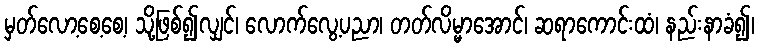
မှတ်လော့စေ့စေ့၊ သို့ဖြစ်၍လျှင်၊ လောက်လွေ့ပညာ၊ တတ်လိမ္မာအောင်၊ ဆရာကောင်းထံ၊ နည်းနာခံ၍၊